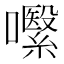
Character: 𱕧